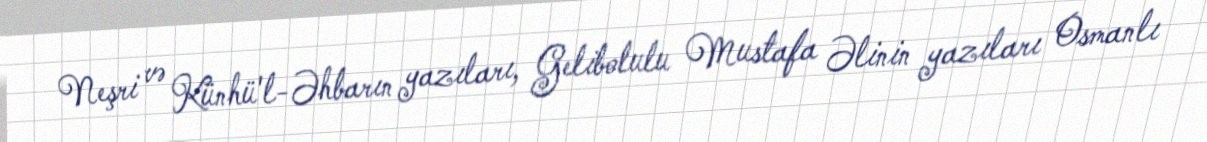
Neşri və Künhü'l-Əhbarın yazıları, Gelibolulu Mustafa Əlinin yazıları Osmanlı